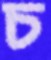
চ